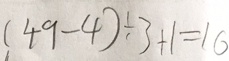
( 4 9 - 4 ) \div 3 + 1 = 1 6